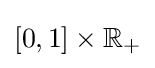
[0,1]\times \mathbb {R} _{+}